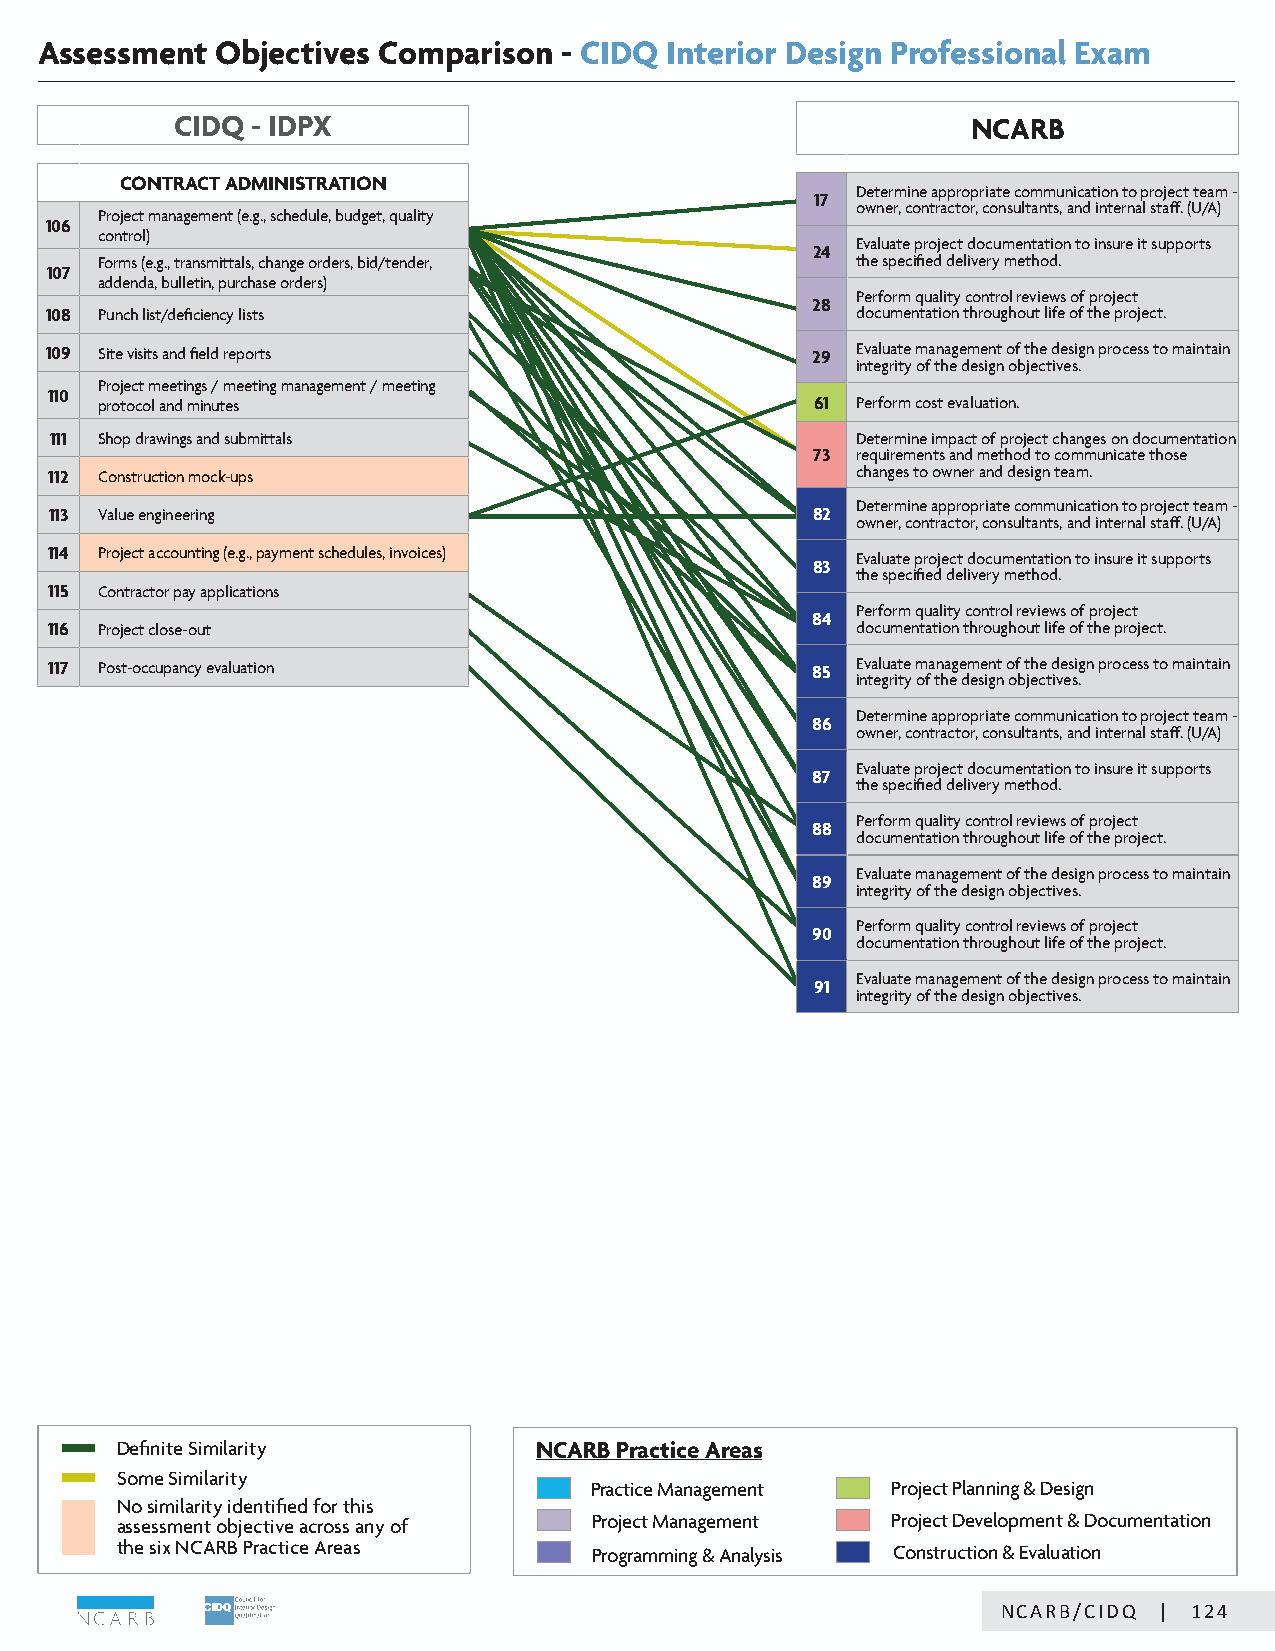
Assessment  Objectives Comparison  - CIDQ Interior Design Professional Exam
 CIDQ - IDPX                                         NCARB
 CONTRACT ADMINISTRATION
 Determine appropriate communication to project team -
 17
 owner, contractor, consultants, and internal staff. (U/A)
 Project management (e.g., schedule, budget, quality
 106
 control)
 Evaluate project documentation to insure it supports
 24
 Forms (e.g., transmittals, change orders, bid/tender, the specified delivery method.
 107
 addenda, bulletin, purchase orders)
 Perform quality control reviews of project
 28
 108 Punch list/deficiency lists                       documentation throughout life of the project.
 109 Site visits and field reports                  29 Evaluate management of the design process to maintain
 integrity of the design objectives.
 Project meetings / meeting management / meeting
 110
 protocol and minutes                           61 Perform cost evaluation.
 111 Shop drawings and submittals                      Determine impact of project changes on documentation
 73 requirements and method to communicate those
 112 Construction mock-ups                             changes to owner and design team.
 Determine appropriate communication to project team -
 113 Value engineering                              82
 owner, contractor, consultants, and internal staff. (U/A)
 114 Project accounting (e.g., payment schedules, invoices) Evaluate project documentation to insure it supports
 83
 the specified delivery method.
 115 Contractor pay applications
 Perform quality control reviews of project
 84
 116 Project close-out                                 documentation throughout life of the project.
 117 Post-occupancy evaluation                      85 Evaluate management of the design process to maintain
 integrity of the design objectives.
 Determine appropriate communication to project team -
 86
 owner, contractor, consultants, and internal staff. (U/A)
 Evaluate project documentation to insure it supports
 87
 the specified delivery method.
 Perform quality control reviews of project
 88
 documentation throughout life of the project.
 Evaluate management of the design process to maintain
 89
 integrity of the design objectives.
 Perform quality control reviews of project
 90
 documentation throughout life of the project.
 Evaluate management of the design process to maintain
 91
 integrity of the design objectives.
 Definite Similarity        NCARB Practice Areas
 Some Similarity
 Practice Management Project Planning & Design
 No similarity identified for this
 assessment objective across any of Project Management Project Development & Documentation
 the six NCARB Practice Areas   Programming & Analysis Construction & Evaluation
 CNICDAQR/BN/CCAIDRQB || 8124